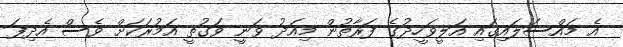
އެ މައްސަލައިގައި އަލީވަހީދުގެ ފަރާތުން މިއަދު ވަނީ ވަގުތީ އަމުރަކަށް ވެސް އެދިފަ